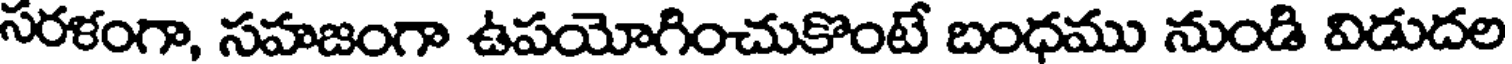
సరళంగా, సహజంగా ఉపయోగించుకొంటే బంధము నుండి విడుదల